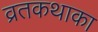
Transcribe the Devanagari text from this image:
व्रतकथाका